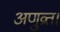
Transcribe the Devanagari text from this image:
अणुव्रत।